Scottish Leaving Certificate Examination, 1951
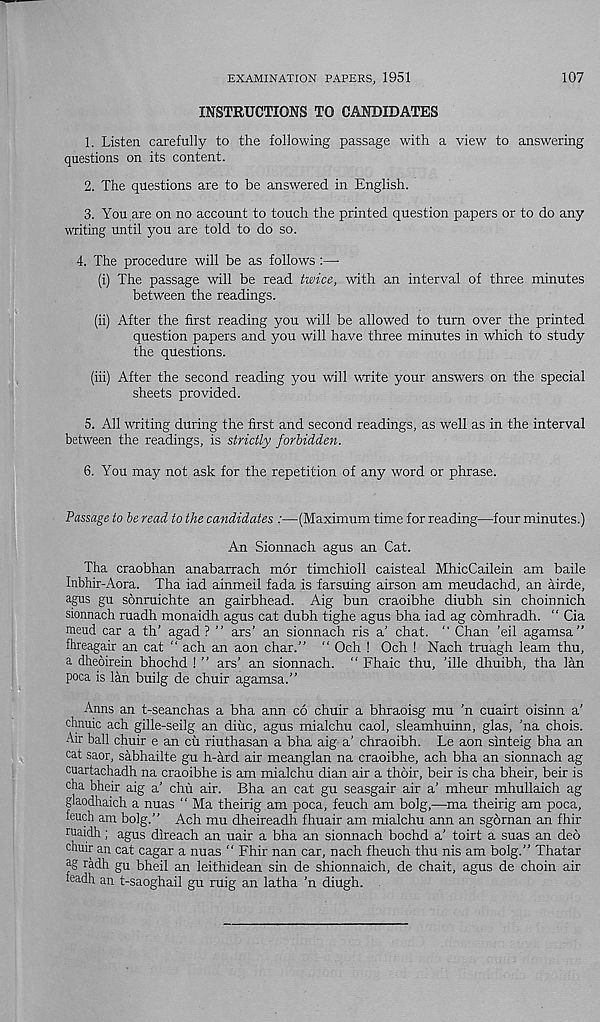
EXAMINATION PAPERS, 1951
107
INSTRUCTIONS TO CANDIDATES
1. Listen, carefully to the following passage with a view to answering
questions on its content.
2. The questions are to be answered in English.
3. You are on no account to touch the printed question papers or to do any
writing until you are told to do so.
4. The procedure will be as follows :—•
(i) The passage will be read twice, with an interval of three minutes
between the readings.
(ii) After the first reading you will be allowed to turn over the printed
question papers and you will have three minutes in which to study
the questions.
(iii) After the second reading you will write your answers on the special
sheets provided.
5. All writing during the first and second readings, as well as in the interval
between the readings, is strictly forbidden.
6. You may not ask for the repetition of any word or phrase.
Passage to be read to the candidates :—(Maximum time for reading—four minutes.)
An Sionnach agus an Cat.
Tha craobhan anabarrach mor timchioll caisteal MhicCailein am bade
Inbhir-Aora. Tha iad ainmeil fada is farsuing airson am meudachd, an airde,
agus gu sonruichte an gairbhead. Aig bun craoibhe diubh sin choinnich
sionnach ruadh monaidh agus cat dubh tighe agus bha iad ag comhradh. “ Cia
meud car a th’ agad ? ” ars’ an sionnach ris a’ chat. “ Chan ’eil agamsa”
fhreagair an cat “ ach an aon char.” “ Och ! Och ! Nach truagh learn thu,
a dheoirein bhochd ! ” ars’ an sionnach. “ Fhaic thu, ’ille dhuibh, tha lan
poca is lan builg de chuir agamsa.”
Anns an t-seanchas a bha ann co chuir a bhraoisg mu 'n cuairt oisinn a’
chnuic ach gille-seilg an diuc, agus mialchu caol, sleamhuinn, glas, ’na chois.
Air ball chuir e an cu riuthasan a bha aig a’ chraoibh. Le aon sinteig bha an
cat saor, sabhailte gu h-ard air meanglan na craoibhe, ach bha an sionnach ag
cuartachadh na craoibhe is am mialchu dian air a thoir, beir is cha bheir, beir is
cha bheir aig a’ chu air. Bha an cat gu seasgair air a’ mheur mhullaich ag
glaodhaich a nuas “ Ma theirig am poca, feuch am bolg,—ma theirig am poca,
feuch am bolg.” Ach mu dheireadh fhuair am mialchu ann an sgornan an fhir
ruaidh; agus direach an uair a bha an sionnach bochd a’ toirt a suas an deo
chuir an cat cagar a nuas “ Fhir nan car, nach fheuch thu nis am bolg.” Thatar
ag radh gu bheil an leithidean sin de shionnaich, de chait, agus de choin air
feadh an t-saoghail gu ruig an latha ’n diugh.